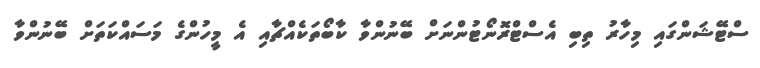
ސްޓޭޝަންގައި މިހާރު ތިބި އެސްޓްރޮނޯޓުންނަށް ބޭނުންވާ ކާބޯތަކެއްޗާއި އެ މީހުންގެ މަސައްކަތަށް ބޭނުންވާ